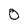
Character: 0